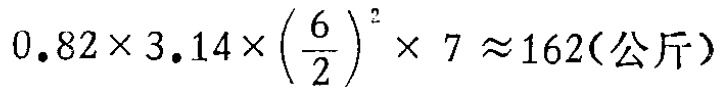
\(0.82\times 3.14\times\left(\dfrac{6}{2}\right)^{2}\times 7\approx162(\text{公斤})\)